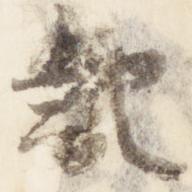
記